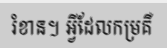
រំខាន។ អ្វីដែលកម្រគឺ